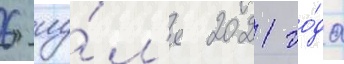
6 иу́л'я 2021 го́да